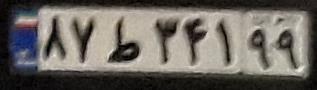
۸۷ط۳۴۱۹۹